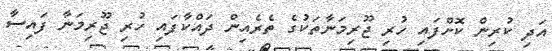
އަދި ކުރިން ކޮށްފައި ހުރި ޖޫރިމަނާތަކުގެ ތެރެއިން ދައްކާފައި ހުރި ޖޫރިމަނާ ފައިސާ